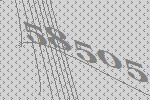
58505